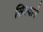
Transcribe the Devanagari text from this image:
सिल्वाने